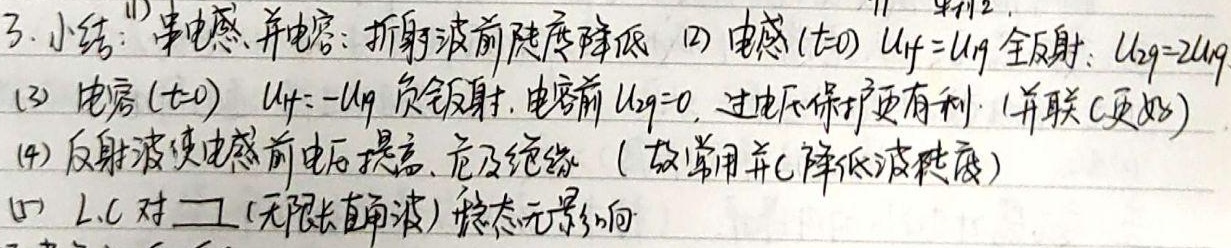
3. 小结：
(1) 串电感、并电容：折射波前陡度降低
(2) 电感（\(t = 0\)），\(u_{1f}=u_{1q}\) 全反射；\(u_{2q}=2u_{1q}\)
(3) 电容（\(t = 0\)），\(u_{1f}=-u_{1q}\) 负反射. 电容前 \(u_{2q}=0\)，过电压保护更有利. （并联C更好）
(4) 反射波使电感前电压提高，危及绝缘（故常用并C降低波陡度）
(5) L、C 对 \(\square\)（无限长直角波）稳态无影响